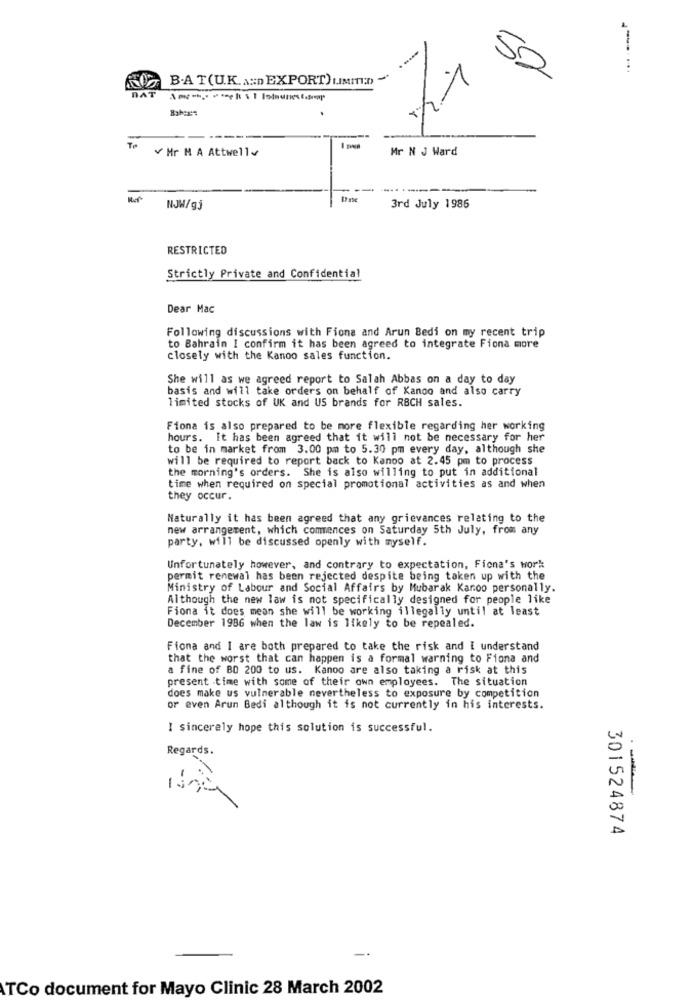
-
B.A T(U.K.A:D EXPORT) LIMITI;D) "
50
DAT
V Hr M A Attwell~
Mr N J Ward
--
NJW/gj
3rd July 1986
RESTRICTED
Strictly Private and Confidential
Dear Mac
Following discussions with Fiona and Arun Bedi on my recent trip
to Bahrain I confirm it has been agreed to integrate Fiona more
closely with the Kanoo sales function.
She will as we agreed report to Salah Abbas on a day to day
basis and will take orders on behalf of Kanoo and also carry
limited stocks of UK and US brands for RBCH sales.
Fiona is also prepared to be more flexible regarding her working
hours. It has been agreed that it will not be necessary for her
to be in market from 3.00 pm to 5.30 pm every day, although she
will be required to report back to Kanoo at 2.45 pm to process
the morning's orders. She is also willing to put in additional
time when required on special promotional activities as and when
they occur.
Naturally it has been agreed that any grievances relating to the
new arrangement, which comences on Saturday 5th July, from any
party, will be discussed openly with myself.
Unfortunately however, and contrary to expectation, Fiona's work:
permit renewal has been rejected despite being taken up with the
Ministry of Labour and Social Affairs by Mubarak Karoo personally.
Although the new law is not specifically designed for people like
Fiona it does mean she will be working illegally until at least
December 1986 when the law is likely to be repealed.
Fiona and I are both prepared to take the risk and I understand
that the worst that can happen is a formal warning to Fiona and
a fine of BO 200 to us. Kanoo are also taking a risk at this
present time with some of their own employees. The situation
does make us vulnerable nevertheless to exposure by competition
or even Arun Bedi although it is not currently in his interests.
I sincerely hope this solution is successful.
Regards.
-
301524874
TCo document for Mayo Clinic 28 March 2002